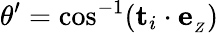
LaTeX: \theta^{\prime}=\cos^{-1}(\mathbf{t}_{i}\cdot\mathbf{e}_{_Z})